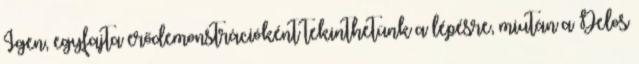
Igen, egyfajta erődemonstrációként tekinthetünk a lépésre, miután a Delos